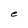
Character: e